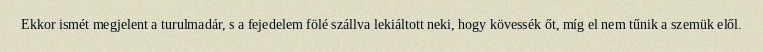
Ekkor ismét megjelent a turulmadár, s a fejedelem fölé szállva lekiáltott neki, hogy kövessék őt, míg el nem tűnik a szemük elől.